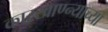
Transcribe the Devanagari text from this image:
कारखाण्न्याच्या